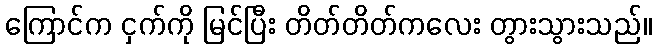
ကြောင်က ငှက်ကို မြင်ပြီး တိတ်တိတ်ကလေး တွားသွားသည်။